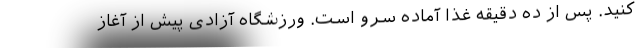
کنید. پس از ده دقیقه غذا آماده سرو است. ورزشگاه آزادی پیش از آغاز